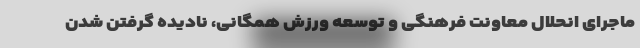
ماجرای انحلال معاونت فرهنگی و توسعه ورزش همگانی، نادیده گرفتن شدن